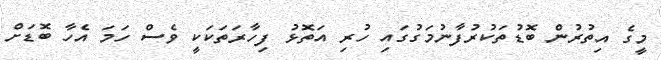
މީގެ އިތުރުން ބޮޑުތަކުރުފާނުމަގުގައި ހުރި އަތޮޅު ފިހާރަތަކަކީ ވެސް ހަމަ އެހާ ބޮޑަށް